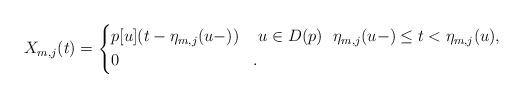
LaTeX: \begin{align*}X_{m,j}(t) = \left\{\begin{aligned}&p[u](t - \eta_{m,j}(u-)) & & \ u \in D(p) \ \ \eta_{m,j}(u-) \leq t < \eta_{m,j}(u), \\&0 & &.\end{aligned}\right. \end{align*}